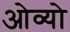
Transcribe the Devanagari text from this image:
ओव्यो